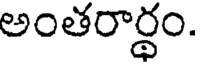
అంతరార్థం.